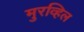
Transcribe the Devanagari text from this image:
मुरव्हिल